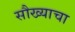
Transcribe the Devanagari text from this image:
सौख्याचा